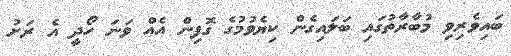
ބައިވެރިވި މުބާރާތުގައި ބަލައިގެން ކިޔެވުމުގެ ގޮފިން އެއް ވަނަ ހޯދީ އެ ރަށު